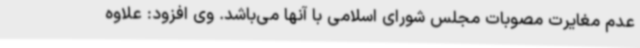
عدم مغایرت مصوبات مجلس شورای اسلامی با آنها می‌باشد. وی افزود: علاوه